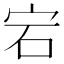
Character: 宕